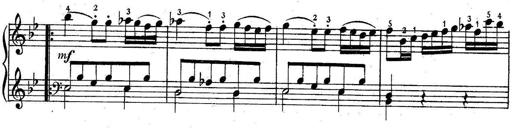
Title: 6 Easy Sonatinas
Composer: Carl Czerny